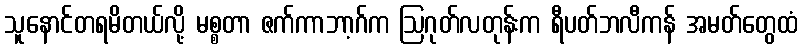
သူနောင်တရမိတယ်လို့ မစ္စတာ ဇက်ကာဘာ့ဂ်က ဩဂုတ်လတုန်းက ရီပတ်ဘလီကန် အမတ်တွေထံ